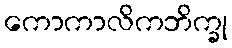
ကောကာလိကဘိက္ခု